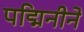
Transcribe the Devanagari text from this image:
पद्मिनीने